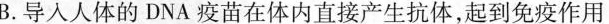
B.导人人体的DNA疫苗在体内直接产生抗体，起到免疫作用